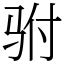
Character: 驸